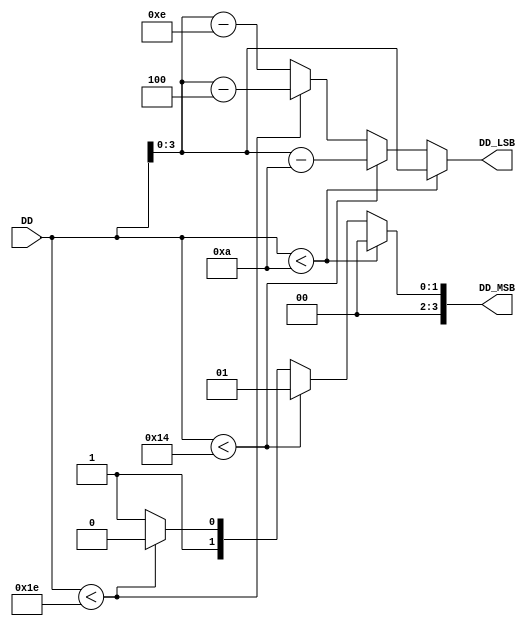
module DD_MSB_LSB(
input [4:0] DD,
output reg [3:0] DD_MSB,DD_LSB

);


always@(DD)
begin
    if (DD < 10) begin
        DD_MSB = 0;
        DD_LSB = DD;
    end

    else if (DD< 20)begin
        DD_MSB = 1;
        DD_LSB = DD-10 ;
    end
    else if (DD <30) begin
        DD_MSB = 2;
        DD_LSB = DD-20;

    end  
    else 
    begin
        DD_MSB = 3;
        DD_LSB = DD-30;
    end 
end



endmodule